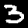
Label: 3